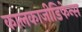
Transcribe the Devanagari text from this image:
कालकाजीडिफेन्स